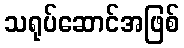
သရုပ်ဆောင်အဖြစ်